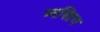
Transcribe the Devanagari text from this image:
व्यक्तिच